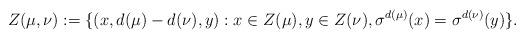
LaTeX: \begin{align*}Z(\mu, \nu) := \{ (x, d(\mu) - d(\nu), y): x \in Z(\mu), y \in Z(\nu), \sigma^{d(\mu)}(x) = \sigma^{d(\nu)}(y) \}.\end{align*}